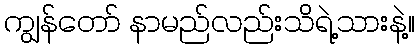
ကျွန်တော် နာမည်လည်းသိရဲ့သားနဲ့။